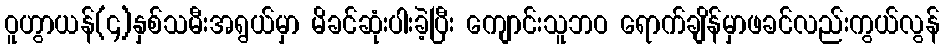
ဝူဟွာယန်(၄)နှစ်သမီးအရွယ်မှာ မိခင်ဆုံးပါးခဲ့ပြီး ကျောင်းသူဘဝ ရောက်ချိန်မှာဖခင်လည်းကွယ်လွန်